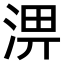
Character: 淠